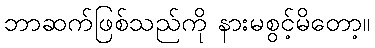
ဘာဆက်ဖြစ်သည်ကို နားမစွင့်မိတော့။